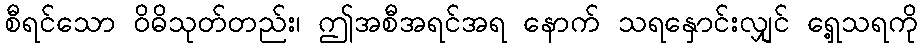
စီရင်သော ဝိဓိသုတ်တည်း၊ ဤအစီအရင်အရ နောက် သရနှောင်းလျှင် ရှေ့သရကို